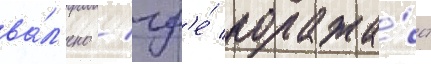
ва́л'ено / гд'е́ поража́ет